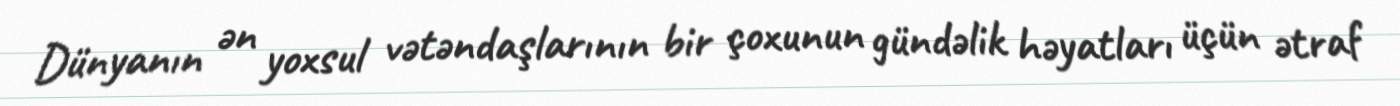
Dünyanın ən yoxsul vətəndaşlarının bir çoxunun gündəlik həyatları üçün ətraf